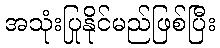
အသုံးပြုနိုင်မည်ဖြစ်ပြီး